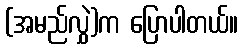
(အမည်လွှဲ)က ပြောပါတယ်။